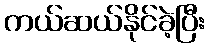
ကယ်ဆယ်နိုင်ခဲ့ပြီး